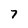
Character: 7